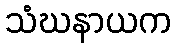
သံဃနာယက